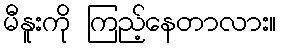
မီနူးကို ကြည့်နေတာလား။